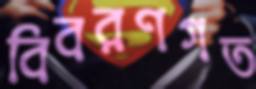
বিবরণগত